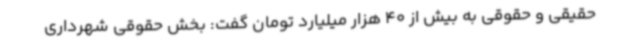
حقیقی و حقوقی به بیش از 40 هزار میلیارد تومان گفت: بخش حقوقی شهرداری